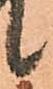
候